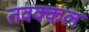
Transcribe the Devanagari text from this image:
तवक्कल